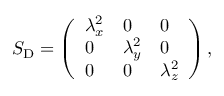
S _ { \mathrm { D } } = \left( \begin{array} { l l l } { \lambda _ { x } ^ { 2 } } & { 0 } & { 0 } \\ { 0 } & { \lambda _ { y } ^ { 2 } } & { 0 } \\ { 0 } & { 0 } & { \lambda _ { z } ^ { 2 } } \end{array} \right) ,